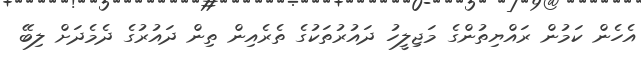
އެހެން ކަމުން ރައްޔިތުންގެ މަޖިލީހު ދައުރުތަކުގެ ތެރެއިން ތިން ދައުރުގެ ދެމެދަށް ލިބޭ